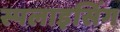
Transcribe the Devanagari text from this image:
स्पलाइसिंग